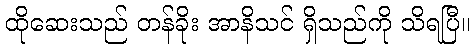
ထိုဆေးသည် တန်ခိုး အာနိသင် ရှိသည်ကို သိရပြီ။